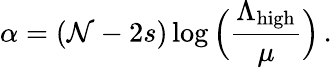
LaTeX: \alpha=(\mathcal{N}-2s)\log\Big(\frac{{\Lambda_{\mathrm{{high}}}}}{{\mu}}\Big)\, .